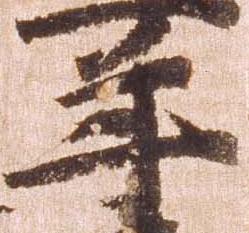
年